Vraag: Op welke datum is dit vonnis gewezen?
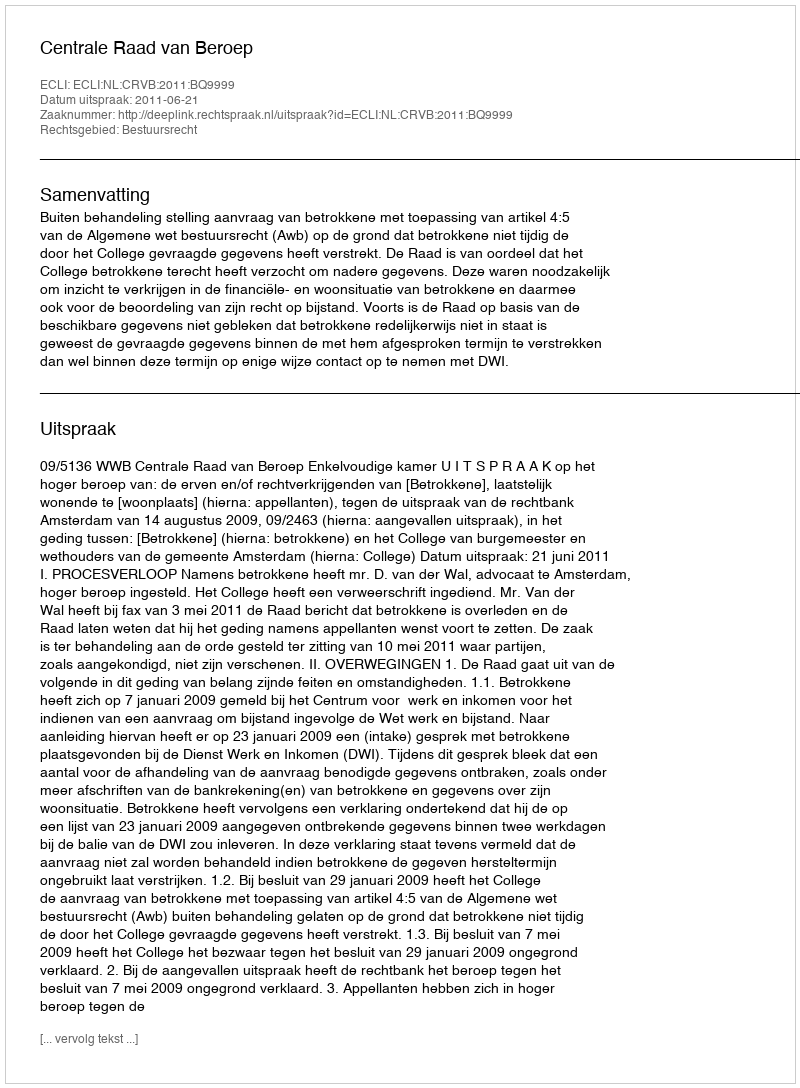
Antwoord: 2011-06-21